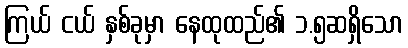
ကြယ် ငယ် နှစ်ခုမှာ နေထုထည်၏ ၁.၅ဆရှိသော